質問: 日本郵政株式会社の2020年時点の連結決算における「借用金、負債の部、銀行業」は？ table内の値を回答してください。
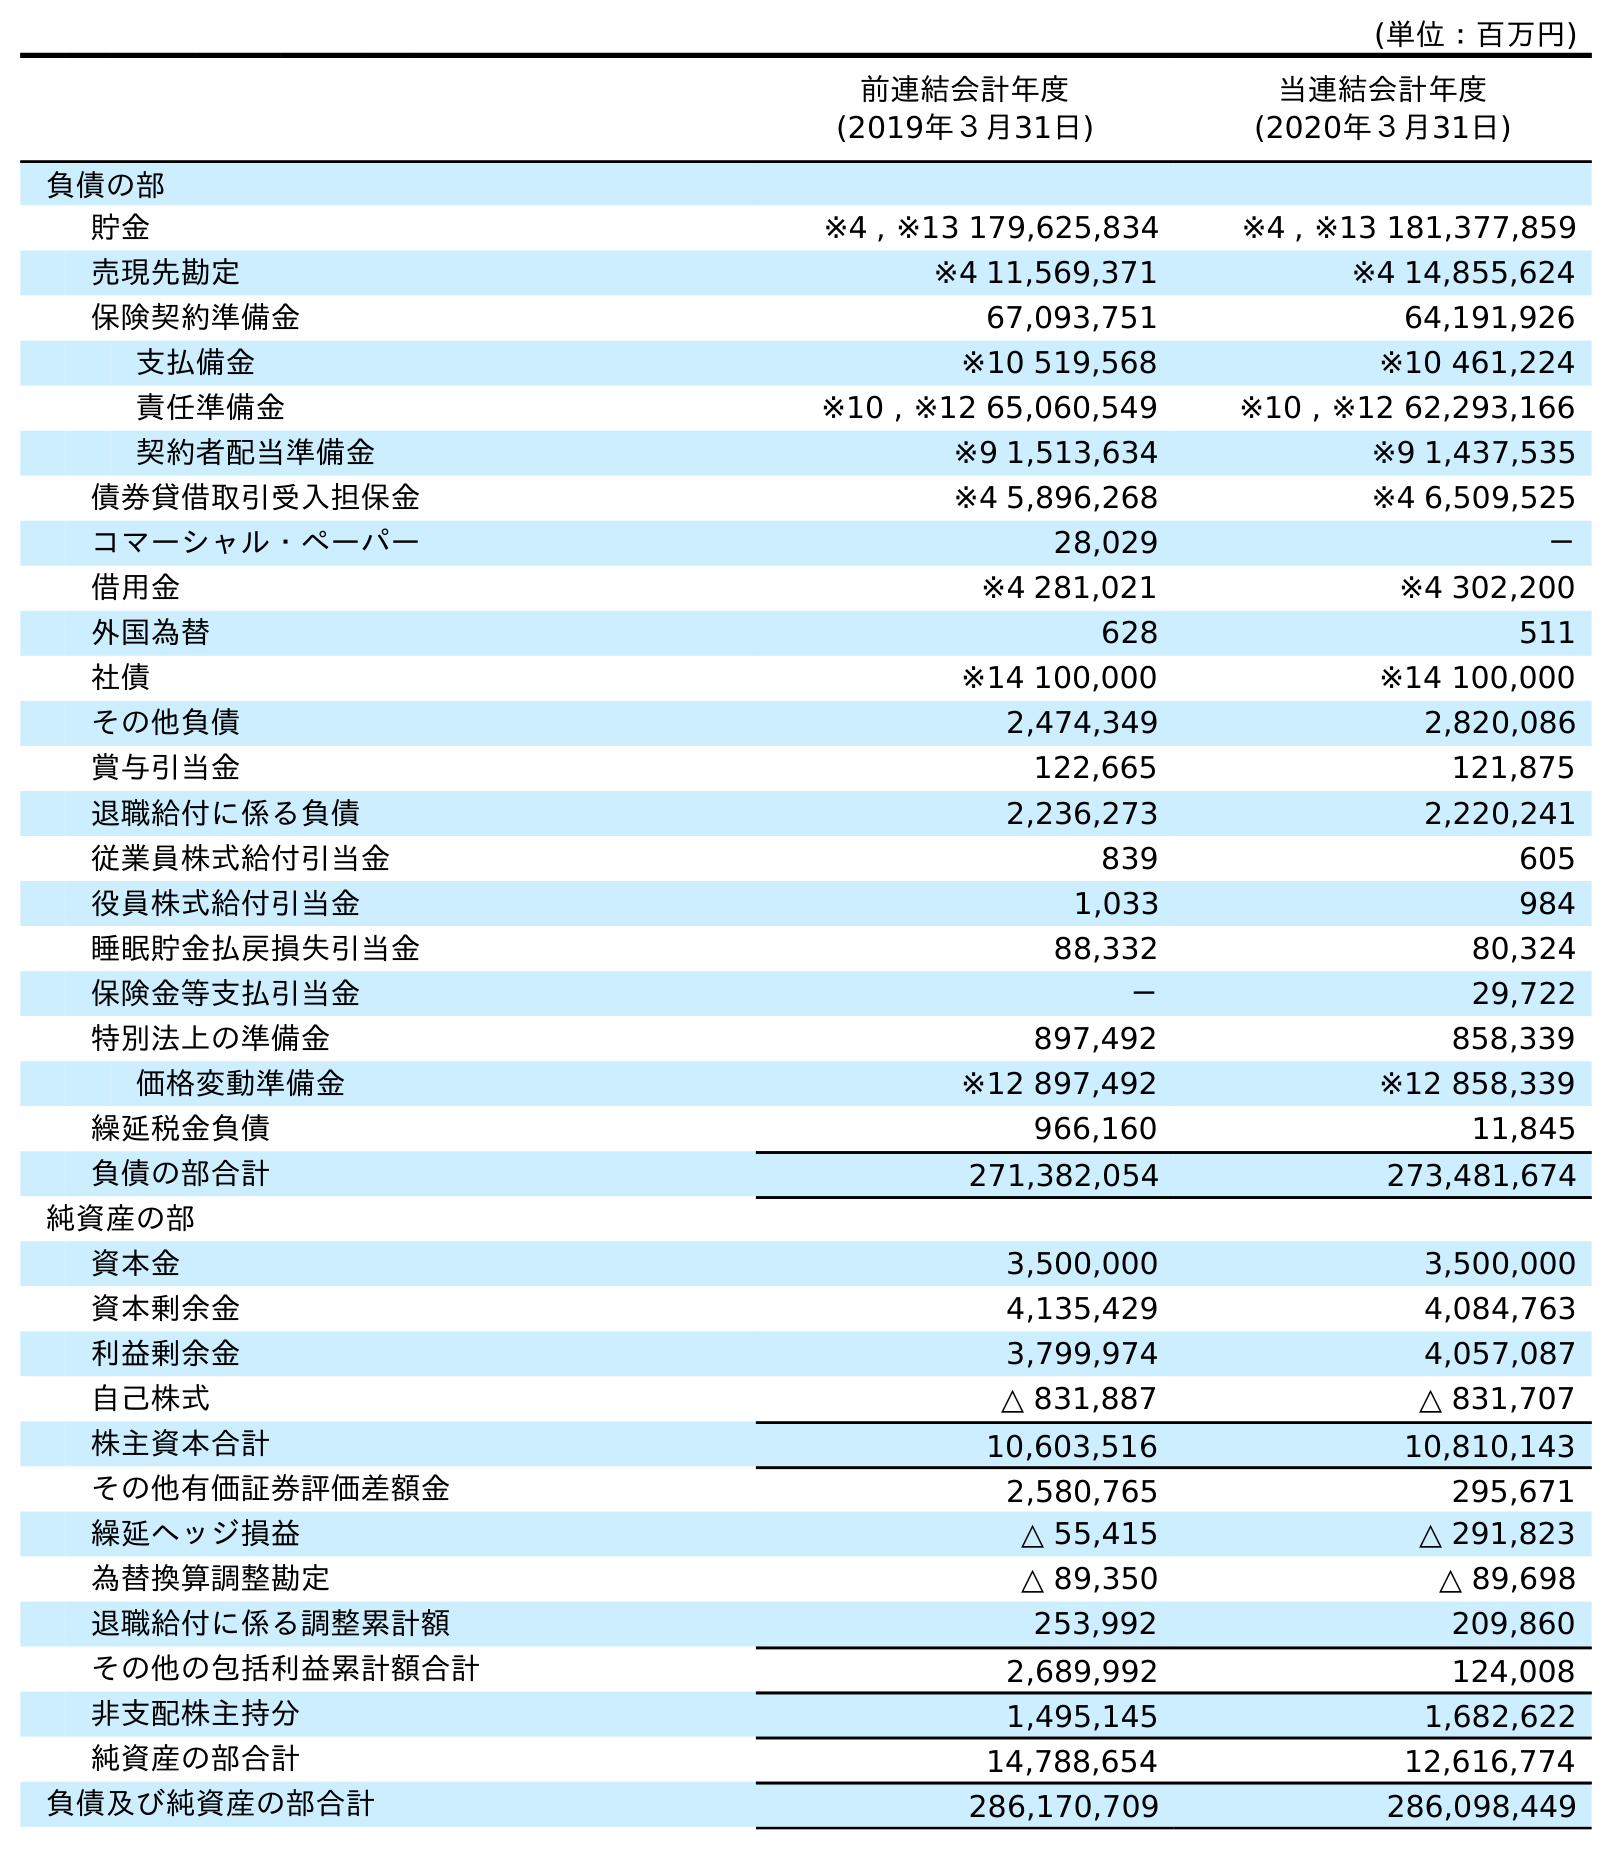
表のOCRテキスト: (単位：百万円) 前連結会計年度 (2019年３月31日) 当連結会計年度 (2020年３月31日) 負債の部 貯金 ※4 , ※13 179,625,834 ※4 , ※13 181,377,859 売現先勘定 ※4 11,569,371 ※4 14,855,624 保険契約準備金 67,093,751 64,191,926 支払備金 ※10 519,568 ※10 461,224 責任準備金 ※10 , ※12 65,060,549 ※10 , ※12 62,293,166 契約者配当準備金 ※9 1,513,634 ※9 1,437,535 債券貸借取引受入担保金 ※4 5,896,268 ※4 6,509,525 コマーシャル・ペーパー 28,029 － 借用金 ※4 281,021 ※4 302,200 外国為替 628 511 社債 ※14 100,000 ※14 100,000 その他負債 2,474,349 2,820,086 賞与引当金 122,665 121,875 退職給付に係る負債 2,236,273 2,220,241 従業員株式給付引当金 839 605 役員株式給付引当金 1,033 984 睡眠貯金払戻損失引当金 88,332 80,324 保険金等支払引当金 － 29,722 特別法上の準備金 897,492 858,339 価格変動準備金 ※12 897,492 ※12 858,339 繰延税金負債 966,160 11,845 負債の部合計 271,382,054 273,481,674 純資産の部 資本金 3,500,000 3,500,000 資本剰余金 4,135,429 4,084,763 利益剰余金 3,799,974 4,057,087 自己株式 △ 831,887 △ 831,707 株主資本合計 10,603,516 10,810,143 その他有価証券評価差額金 2,580,765 295,671 繰延ヘッジ損益 △ 55,415 △ 291,823 為替換算調整勘定 △ 89,350 △ 89,698 退職給付に係る調整累計額 253,992 209,860 その他の包括利益累計額合計 2,689,992 124,008 非支配株主持分 1,495,145 1,682,622 純資産の部合計 14,788,654 12,616,774 負債及び純資産の部合計 286,170,709 286,098,449
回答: ※4302,200